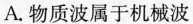
A.物质波属于机械波